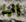
إنها